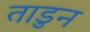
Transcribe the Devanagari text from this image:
ताडुन